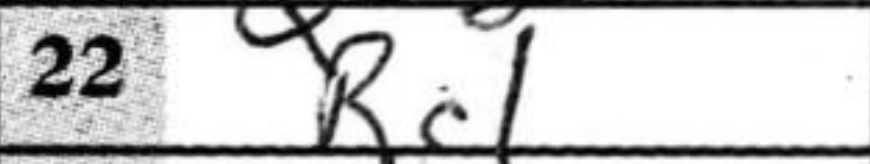
Transcription: Rc1